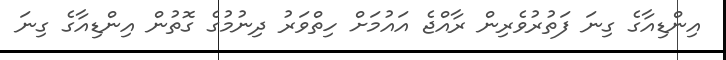
އިންޑިއާގެ ގިނަ ފަތުރުވެރިން ރާއްޖެ އައުމަށް ހިތްވަރު ދިނުމުގެ ގޮތުން އިންޑިއާގެ ގިނަ